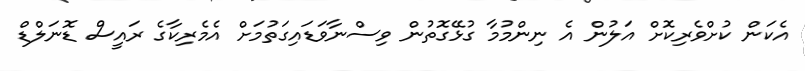
އެކަން ކުށްވެރިކޮށް އަލުން އެ ނިންމުމާ ގުޅޭގޮތުން ވިސްނާވަޑައިގަތުމަށް އެމެރިކާގެ ރައީސް ޑޮނަލްޑް